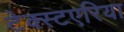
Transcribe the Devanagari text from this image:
टेक्स्टएरिया